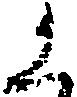
く